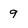
Character: 9